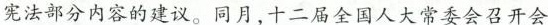
宪法部分内容的建议。同月，十二届全国人大常委会召开会